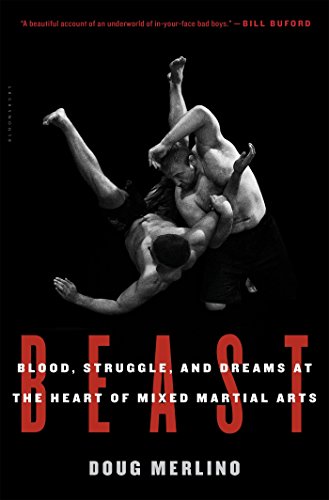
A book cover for Beast: Blood, Struggle, and Dreams at the Heart of Mixed Martial Arts; Doug Merlino; Sports & Outdoors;